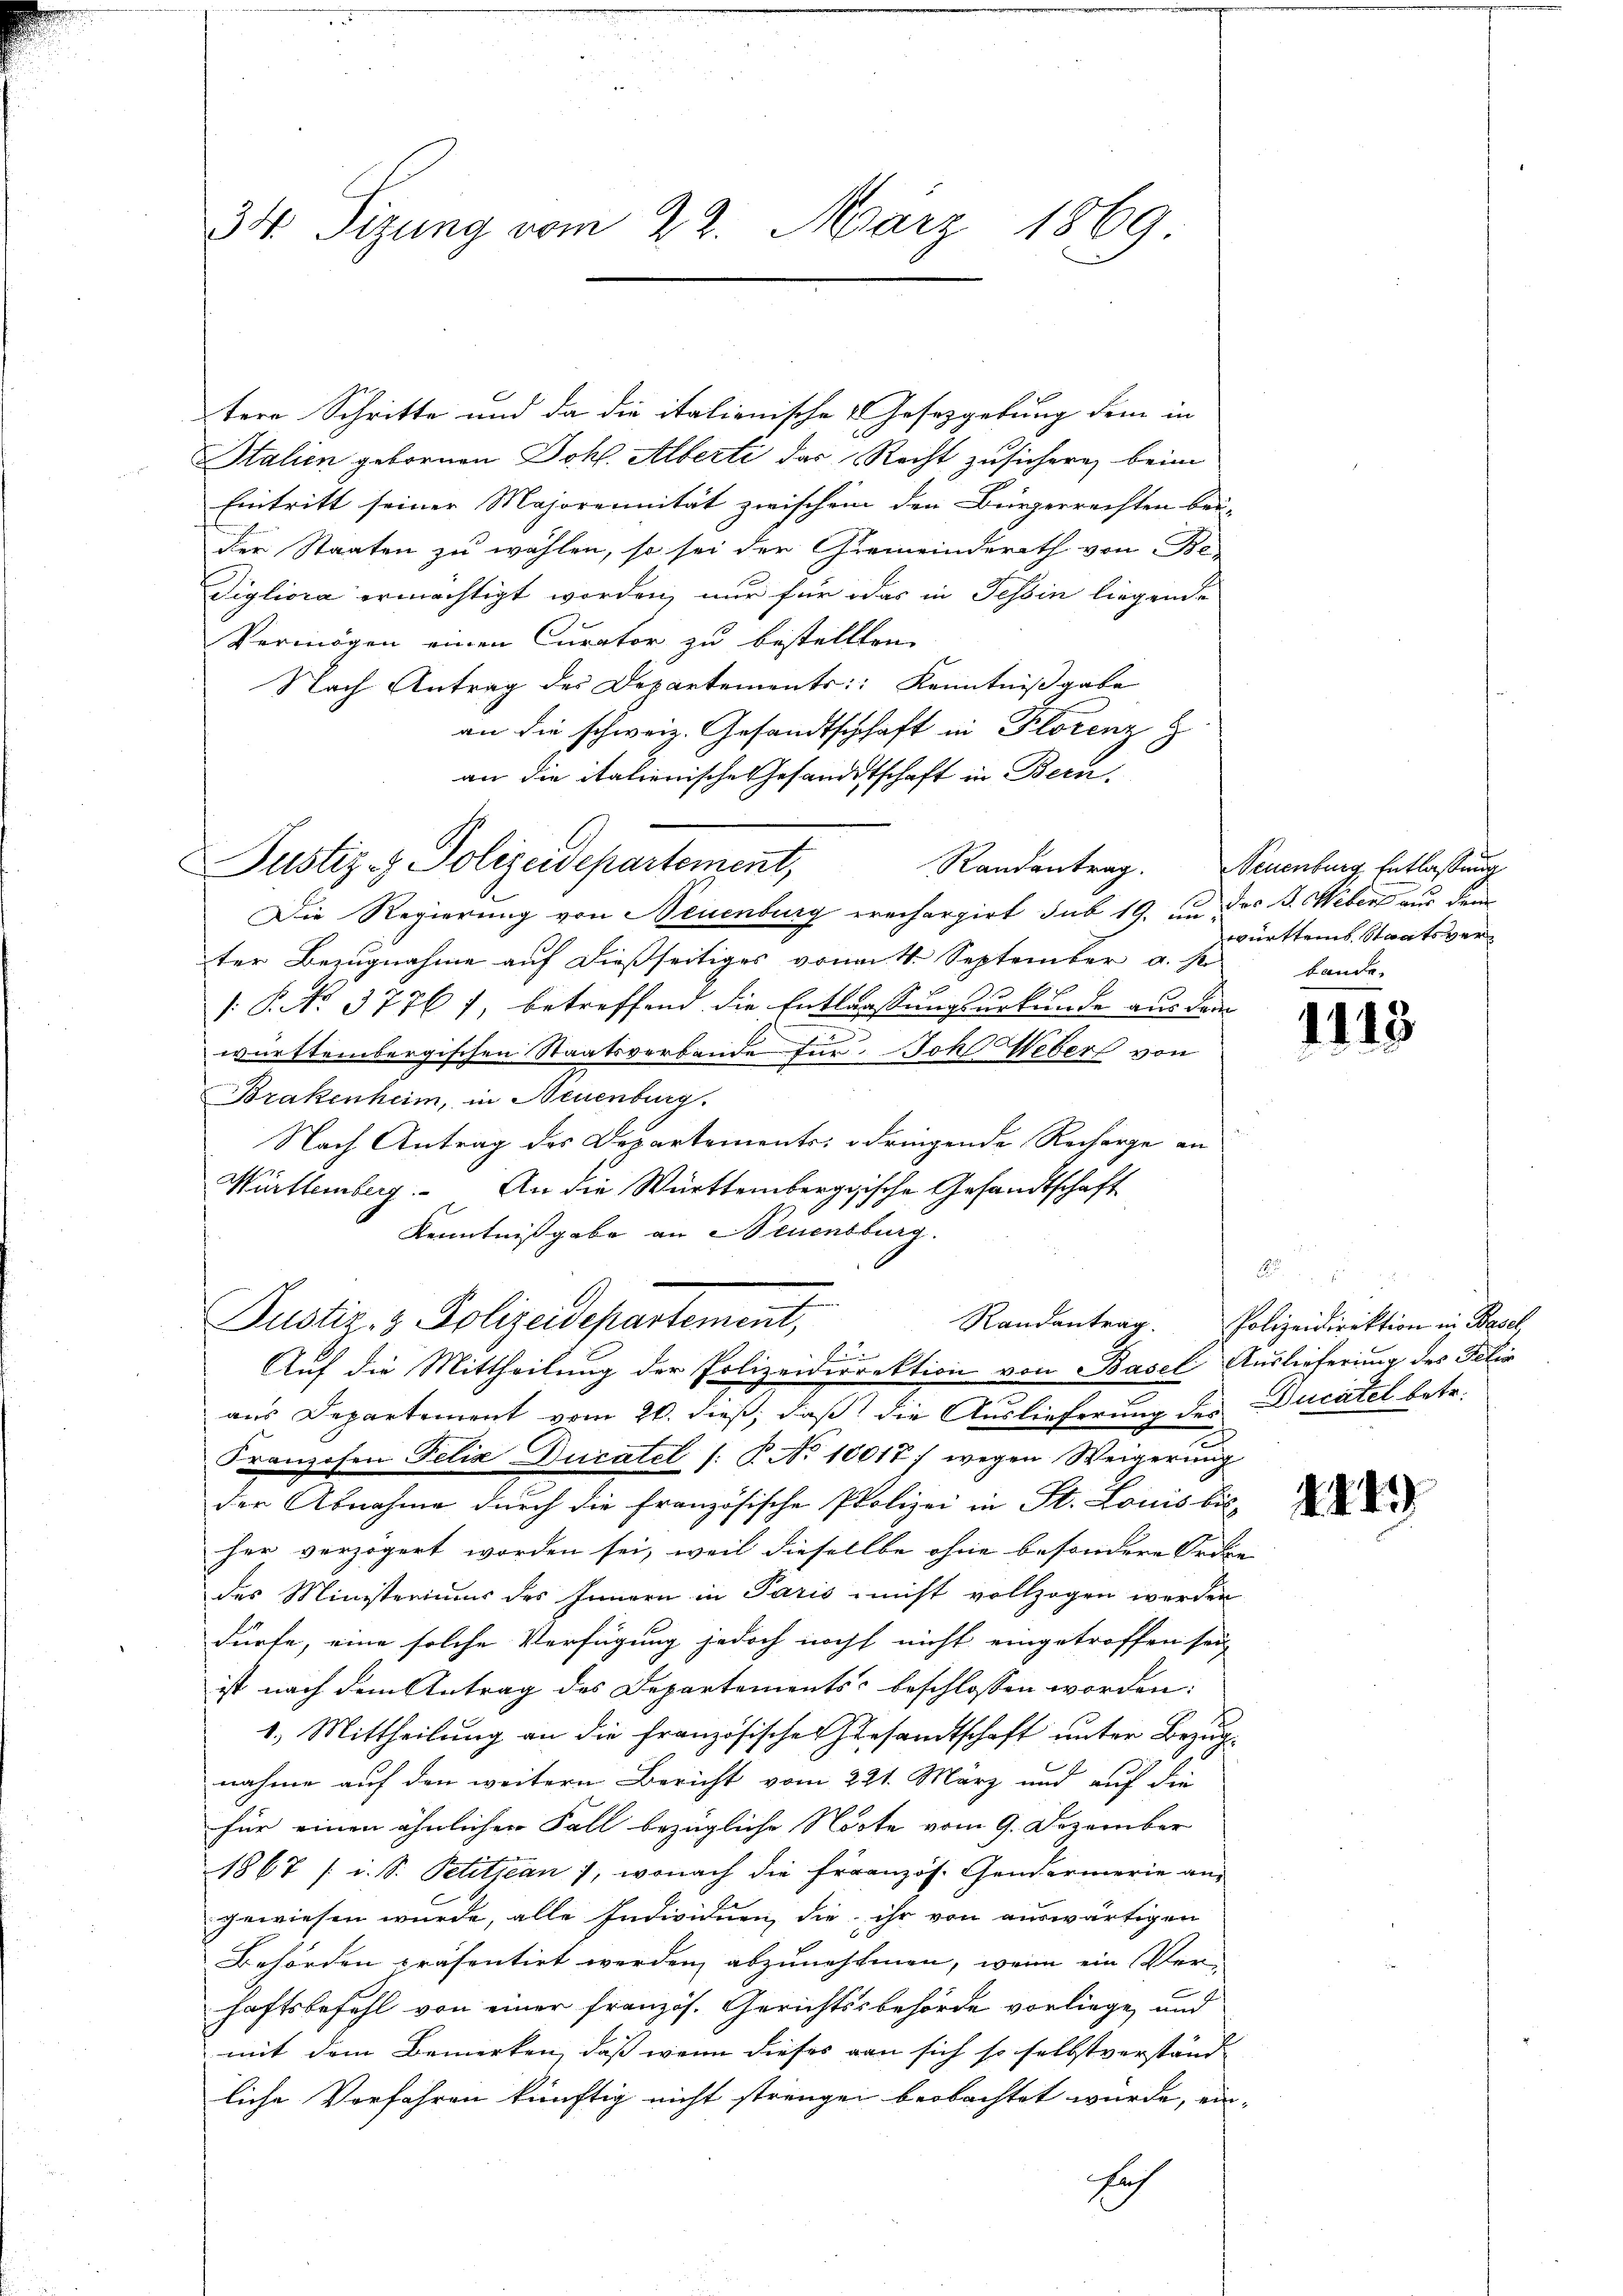
34 Sizung vom 22. März 1869

tere Schritte und da die italionische 4 Gesetzgebung dem in
Italien gebornen Johs. Alberti das Recht zusichern, beim
Eintritt seiner Majorennität zwischen den Bürgerrechten bei-
der Staaten zu wählen, so sei der Gemeinderath von Be-
digliora ermächtigt worden, nur für das in Tessin liegende
Vermögen einen Curator zu bestellten.
Nach Antrag des Departements: Kenntniβgabe
an die schweiz. Gesandtschaft in Florenz
an die italienische Gesandtschaft in Bern,
Die Regierung von Neuenburg erachargirt sub 19. an der B. Webert aus dem
ter Bezugnahme auf dießseitiges von 4. September a. s.
: P. No. 37761, betreffend die Entlassungsurkunde aus dem
e
württembergischen Staatsverbande für Joh Weber von
Brakenheim, in Neuenburg.
Nach Antrag des Departements dringende Recharge an
Württemberg. An die Württembergische Gesandtschaft
Kenntnißgabe an Neuenburg.
Justiz- & Polizeidepartement,
Randantrag
E
Auf die Mittheilung der Polizeidirektion von Basel Auslieferung des Felix
aus Departement vom 26. dieß, daß die Auslieferung des Ducatel betr.
Franzosen Felix Ducatel (: P. No 10017/ wegen Weigerung
der Abnahme durch die französische Polizei in St. Louis bis-
her verzögert worden sei, weil diesellbe ohne besondere Orde
des Ministeriums des Innern in Paris nicht vollzogen werden
dürfe, eine solche Verfügung jedoch noch nicht eingetroffen sei,
ist nach dem Antrag des Departements beschlossen worden:
1.) Mittheilung an die französischen Gesandtschaft unter Bezugnahme auf den weitern Bericht vom 221. März und auf die
für einen ähnlichen Fall bezügliche Note vom 9. Dezember
1867 / i. S. Petitjean, wonach die Französ. Gendarmerie angewiesen wurde, alle Individuen, die ihr von auswärtigen
Behörden präsentirt werden, abzunehmen, wenn ein Ver-
haftsbefehl von einer französ. Gerichtsbehörde vorliege, und
mit dem Bemerken, daß wenn dieses von sich so selbstverständ-
liche Vorfahren künftig nicht strengen beobachtet würde, ein-
sich

Justiz- & Polizeidepartement,

Randantrag. Neuenburg, Entlassung
württems Staatsverbande.

1113

Polizeidirektion in Basel,

143